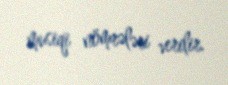
musiqi nömrələri verilir.